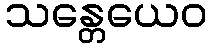
သန္တေယေဝ